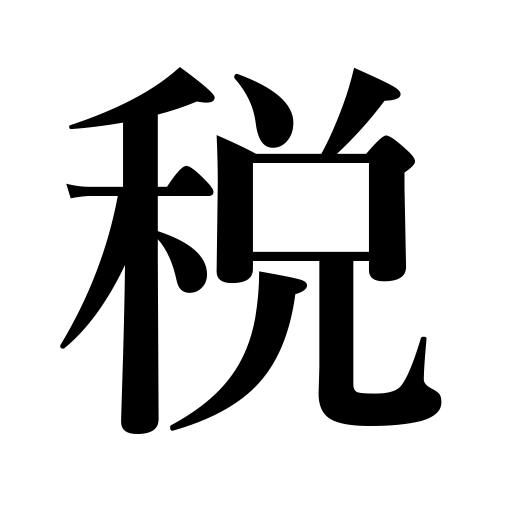
Meanings: tax,duty